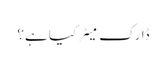
ڈارک مَیٹر کیا ہے؟